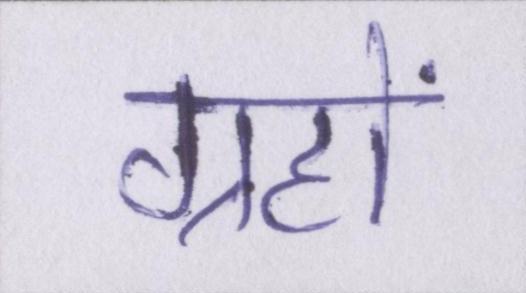
ग्रहों